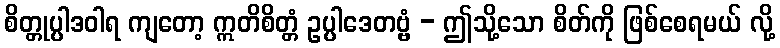
စိတ္တုပ္ပါဒဝါရ ကျတော့ ဣတိစိတ္တံ ဥပ္ပါဒေတဗ္ဗံ - ဤသို့သော စိတ်ကို ဖြစ်စေရမယ် လို့